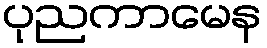
ပုညကာမေန